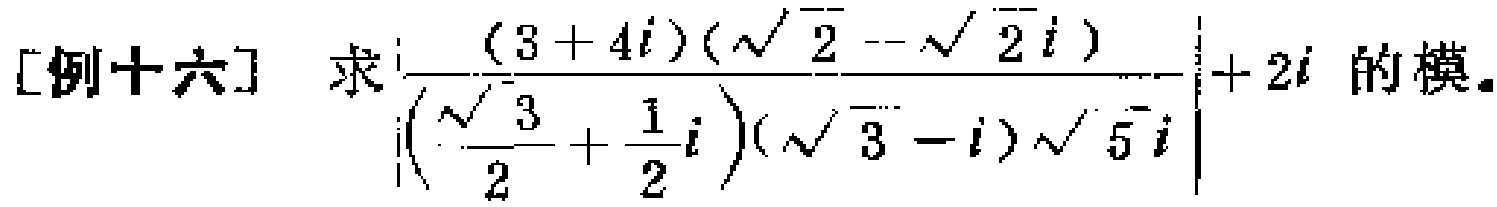
[例十六] 求$\left|\frac{(3 + 4i)(\sqrt{2}-\sqrt{2}i)}{(\frac{\sqrt{3}}{2}+\frac{1}{2}i)(\sqrt{3}-i)\sqrt{5}i}\right| + 2i$ 的模。